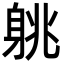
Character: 䠷